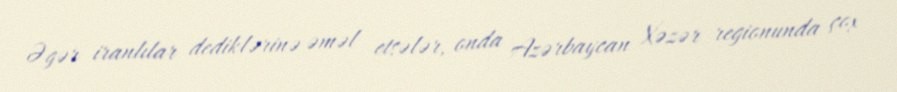
Əgər iranlılar dediklərinə əməl etsələr, onda Azərbaycan Xəzər regionunda çox